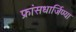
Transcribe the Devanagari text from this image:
फ्रांसधार्जिण्या